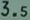
3.5